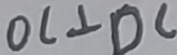
O C \bot D C